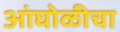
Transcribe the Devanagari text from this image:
आंघोळीचा